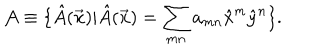
{ \cal A } \equiv \{ \hat { A } ( { \vec { \bf x } } ) | \hat { A } ( { \vec { \bf x } } ) = \sum _ { m n } a _ { m n } { \hat { x } } ^ { m } { \hat { y } } ^ { n } \} .